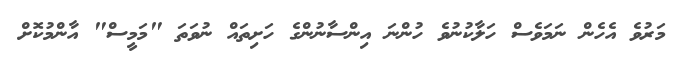
މަރުވެ އެހެން ނަމަވެސް ހަލާކުނުވެ ހުންނަ އިންސާނުންގެ ހަށިތައް ނުވަތަ "މަމީސް" އާންމުކޮށް